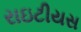
રાઇટીયસ